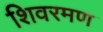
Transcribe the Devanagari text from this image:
शिवरमण